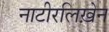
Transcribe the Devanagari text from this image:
नाटीरलिख़ेन